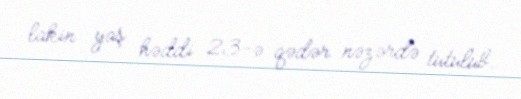
lakin yaş həddi 23-ə qədər nəzərdə tutulub.